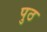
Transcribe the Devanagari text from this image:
पुठ